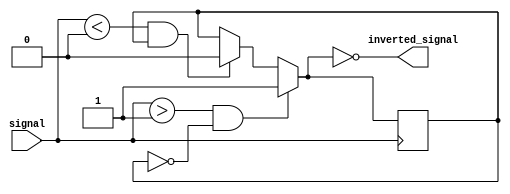
module Schmitt_trigger_inverter (
    input signal,
    output inverted_signal
);

reg prev_state, current_state;

// Define the hysteresis voltage levels
parameter V_HIGH = 1;
parameter V_LOW = 0;

always @ (signal)
begin
    if (signal > V_HIGH && prev_state == 0) begin
        current_state = 1;
    end else if (signal < V_LOW && prev_state == 1) begin
        current_state = 0;
    end else begin
        current_state = prev_state;
    end
end

assign inverted_signal = ~current_state;

always @ (posedge signal)
begin
    prev_state = current_state;
end

endmodule